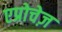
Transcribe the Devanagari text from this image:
एप्रोचेज़